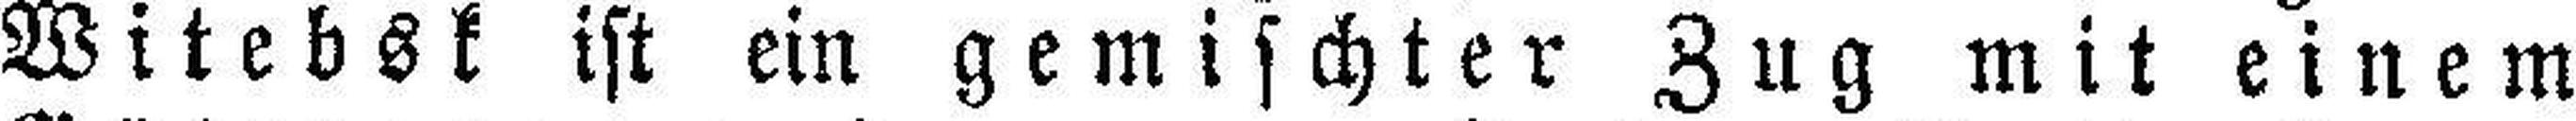
Witebsk ist ein gemischter Zug mit einem